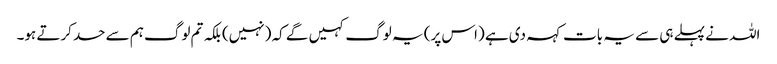
اللہ نے پہلے ہی سے یہ بات کہہ دی ہے (اس پر) یہ لوگ کہیں گے کہ (نہیں) بلکہ تم لوگ ہم سے حسد کرتے ہو۔